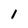
Character: 1